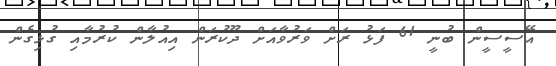
އޭސީސީން ބުނީ 61 ފަޅު ރަށް ވަރުވާއަށް ދޫކުރަން އިއުލާން ކުރުމާއި ގުޅިގެން